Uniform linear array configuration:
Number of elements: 12
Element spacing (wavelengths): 1
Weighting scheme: hamming
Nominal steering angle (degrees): -60
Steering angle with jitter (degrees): -61.579
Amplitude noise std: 0.05
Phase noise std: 0.05

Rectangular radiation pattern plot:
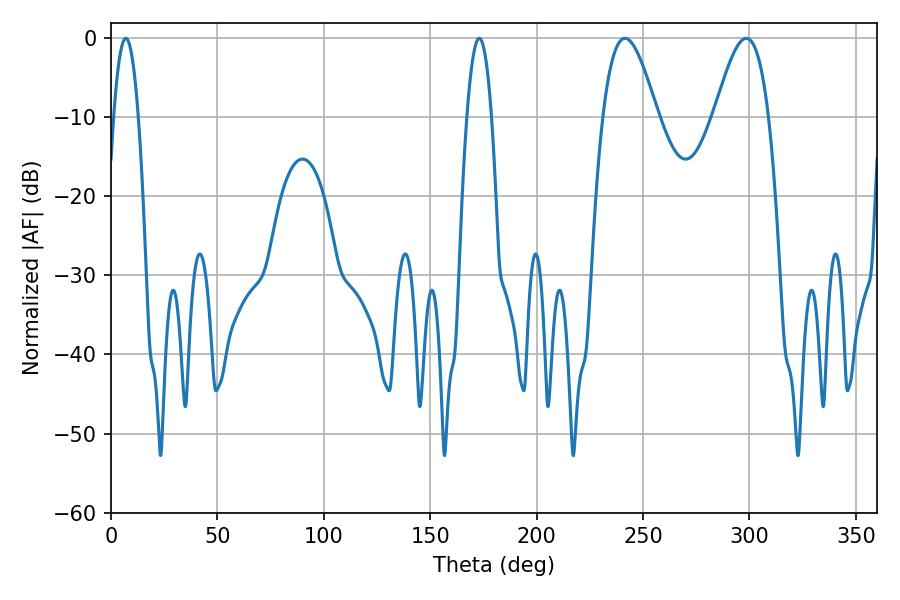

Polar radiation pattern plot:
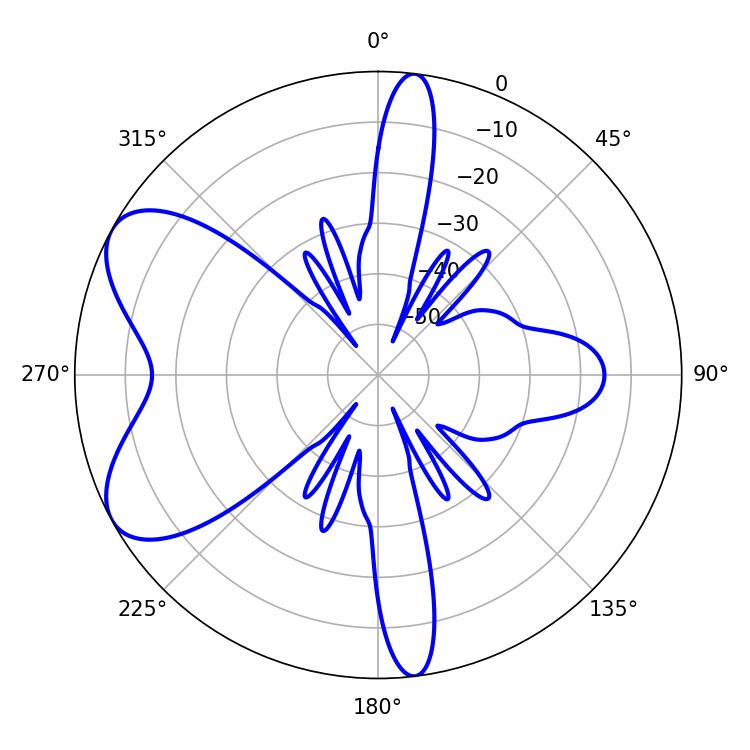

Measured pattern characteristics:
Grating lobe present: TRUE
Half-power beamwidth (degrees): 13.68
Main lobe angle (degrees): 241.56